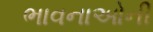
ભાવનાઓની